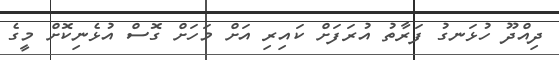
ދިއްދޫ ހުޅަނގު ފަރާތު އުރަފަށް ކައިރި އަށް މަހަށް ގޮސް އުޅެނިކޮށް މީގެ